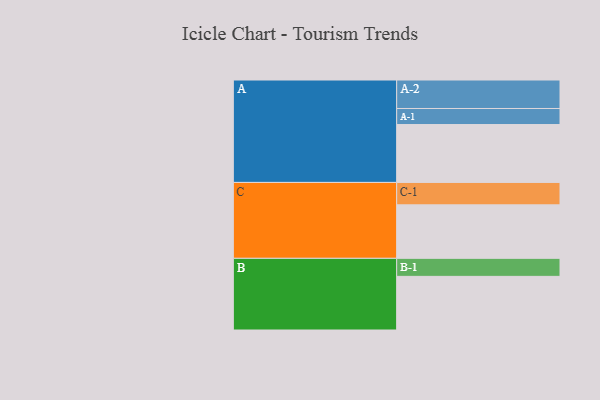
{"axis": {"x": "Segment", "y": "Value"}, "legend": ["", "A", "B", "C"], "data": [{"x": "A", "y": 382, "type": ""}, {"x": "B", "y": 354, "type": ""}, {"x": "C", "y": 353, "type": ""}, {"x": "A-1", "y": 106, "type": "A"}, {"x": "A-2", "y": 188, "type": "A"}, {"x": "B-1", "y": 119, "type": "B"}, {"x": "C-1", "y": 148, "type": "C"}]}